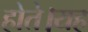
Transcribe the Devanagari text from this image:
होते।यह